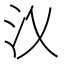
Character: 㲼